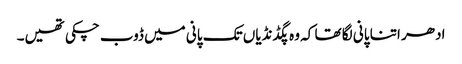
ادھر اتنا پانی لگا تھا کہ وہ پگڈنڈیاں تک پانی میں ڈوب چکی تھیں۔